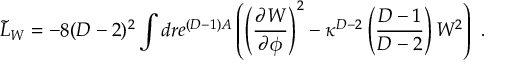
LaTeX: { \tilde { \cal L } } _ { W } = - 8 ( D - 2 ) ^ { 2 } \int d r e ^ { ( D - 1 ) A } \left( \left( { \frac { \partial W } { \partial \phi } } \right) ^ { 2 } - \kappa ^ { D - 2 } \left( { \frac { D - 1 } { D - 2 } } \right) W ^ { 2 } \right) \ .